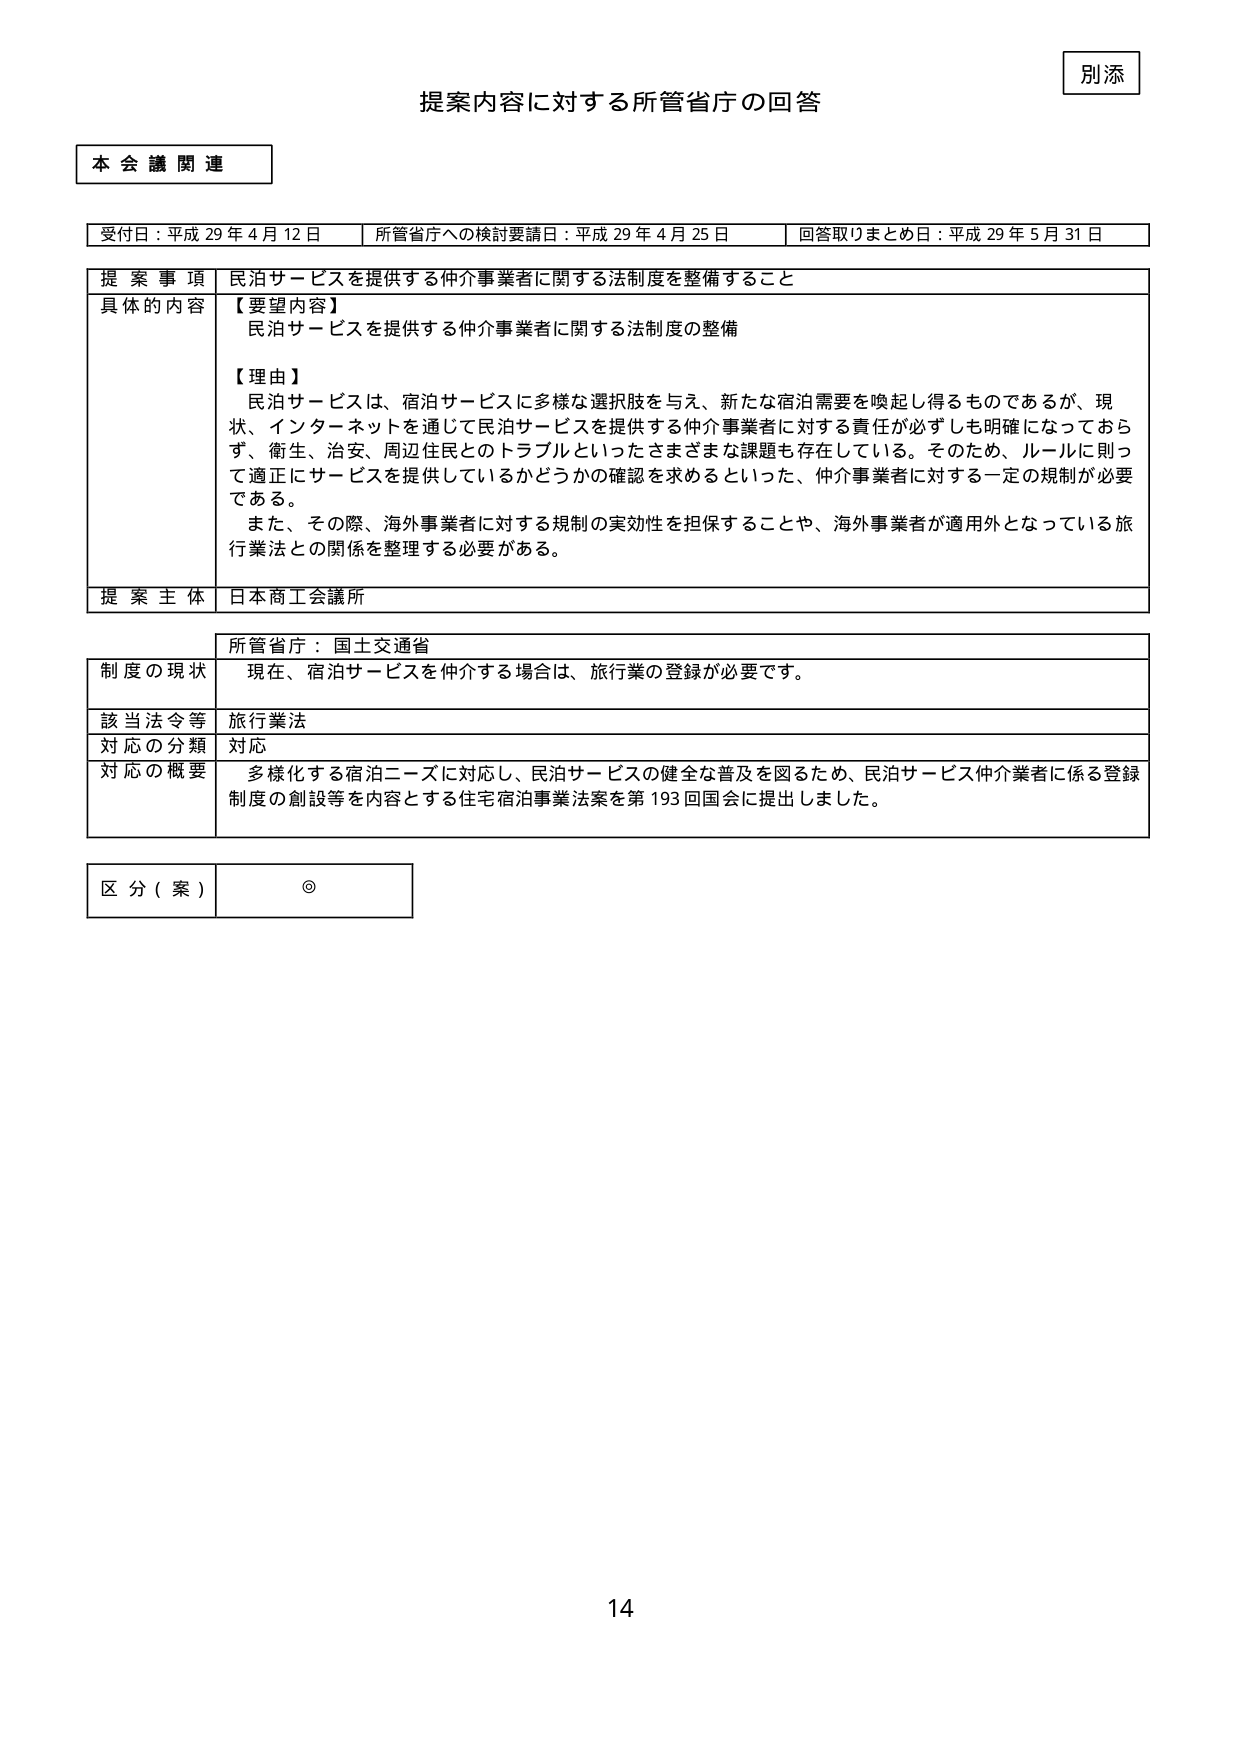
別添

提案内容に対する所管省庁の回答

本会議関連

受付日：平成29年4月12日　　所管省庁への検討要請日：平成29年4月25日　　回答取りまとめ日：平成29年5月31日

提案事項　民泊サービスを提供する仲介事業者に関する法制度を整備すること

具体的内容　【要望内容】
民泊サービスを提供する仲介事業者に関する法制度の整備

【理由】
民泊サービスは、宿泊サービスに多様な選択肢を与え、新たな宿泊需要を喚起し得るものであるが、現状、インターネットを通じて民泊サービスを提供する仲介事業者に対する責任が必ずしも明確になっておらず、衛生、治安、周辺住民とのトラブルといったさまざまな課題も存在している。そのため、ルールに則って適正にサービスを提供しているかどうかの確認を求めるといった、仲介事業者に対する一定の規制が必要である。
また、その際、海外事業者に対する規制の実効性を担保することや、海外事業者が適用外となっている旅行業法との関係を整理する必要がある。

提案主体　日本商工会議所

所管省庁：国土交通省

制度の現状　現在、宿泊サービスを仲介する場合は、旅行業の登録が必要です。

該当法令等　旅行業法

対応の分類　対応

対応の概要　多様化する宿泊ニーズに対応し、民泊サービスの健全な普及を図るため、民泊サービス仲介業者に係る登録制度の創設等を内容とする住宅宿泊事業法案を第193回国会に提出しました。

区分（案）　◎

14